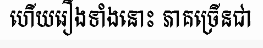
ហើយរឿងទាំងនោះ ភាគច្រើនជា